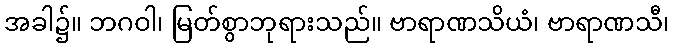
အခါ၌။ ဘဂဝါ၊ မြတ်စွာဘုရားသည်။ ဗာရာဏသိယံ၊ ဗာရာဏသီ၊